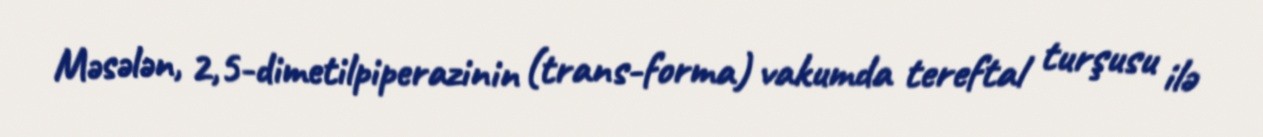
Məsələn, 2,5-dimetilpiperazinin (trans-forma) vakumda tereftal turşusu ilə